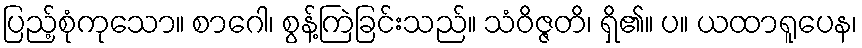
ပြည့်စုံကုသော။ စာဂေါ၊ စွန့်ကြဲခြင်းသည်။ သံဝိဇ္ဇတိ၊ ရှိ၏။ ပ။ ယထာရူပေန၊